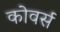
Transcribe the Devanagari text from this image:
कोवर्स